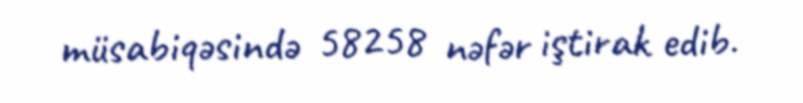
müsabiqəsində 58258 nəfər iştirak edib.